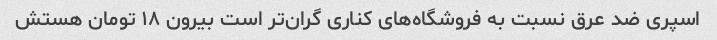
اسپری ضد عرق نسبت به فروشگاه‌های کناری گران‌تر است بیرون ۱۸ تومان هستش